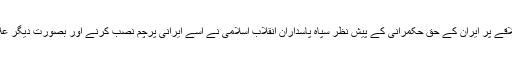
مذکورہ فرانسیسی بحری جہاز اس علاقے سے گزرنا چاہتا تھا اور اس علاقے پر ایران کے حق حکمرانی کے پیش نظر سپاہ پاسداران انقلاب اسلامی نے اسے ایرانی پرچم نصب کرنے اور بصورت دیگر علاقے میں اسی راستے پر واپس جانے کا حکم دیا تھا جہاں سے وہ آیا ہے۔